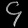
Digit: ၄